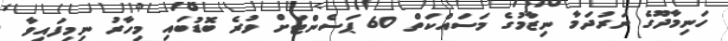
ހަނިމާދޫގެ ނަރުދަމާ ނިޒާމުގެ މަސައްކަތް 60 ޕަސެންޓަށް ވުރެ ބޮޑުބައި މިހާރު ނިމިފައިވާ